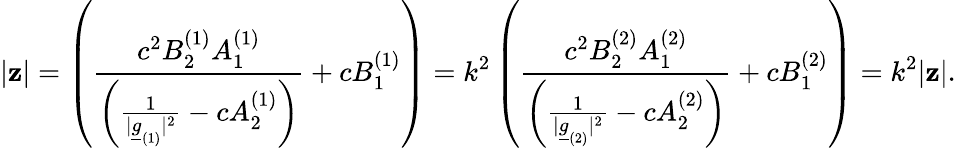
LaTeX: \vert\mathbf{z}\vert=\left(\frac{{c^{2}B_{2}^{(1)}A_{1}^{(1)}}}{{\left(\frac{{1}}{{\vert\underline{{{g}}}_{(1)}\vert^{2}}}-cA_{2}^{(1)}\right)}}+cB_{1}^{(1)}\right)=k^{2}\left(\frac{{c^{2}B_{2}^{(2)}A_{1}^{(2)}}}{{\left(\frac{{1}}{{\vert\underline{{{g}}}_{(2)}\vert^{2}}}-cA_{2}^{(2)}\right)}}+cB_{1}^{(2)}\right)=k^{2}\vert\mathbf{z}\vert.